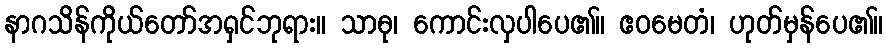
နာဂသိန်ကိုယ်တော်အရှင်ဘုရား။ သာဓု၊ ကောင်းလှပါပေ၏။ ဧဝမေတံ၊ ဟုတ်မှန်ပေ၏။